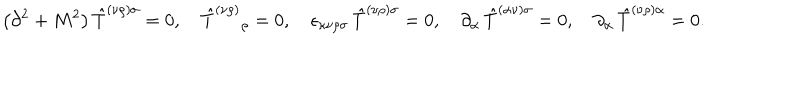
\left( \partial ^ { 2 } + M ^ { 2 } \right) { \hat { T } } ^ { ( \nu \rho ) \sigma } = 0 , \quad { \hat { T } } ^ { ( \nu \rho ) } { } _ { \rho } = 0 , \quad \epsilon _ { \kappa \nu \rho \sigma } \, { \hat { T } } ^ { ( \nu \rho ) \sigma } = 0 , \quad \partial _ { \alpha } \, { \hat { T } } ^ { ( { \alpha } \nu ) \sigma } = 0 , \quad \partial _ { \alpha } \, { \hat { T } } ^ { ( \nu \rho ) \alpha } = 0 .